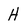
Character: H